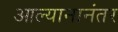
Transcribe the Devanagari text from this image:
आल्यानानंतर